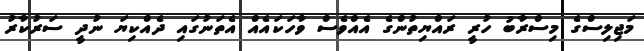
މަޖިލިސްގެ މިސްރާބު ހުރީ ރައްޔިތުންގެ އެއްވެސް ވާހަކައެއް އެތަނުގައި ދެއްކިޔަ ނުދީ ސަރުކާރު